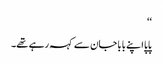
‘‘
پاپا اپنے بابا جان سے کہہ رہے تھے۔